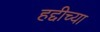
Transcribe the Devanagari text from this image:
हद्दीच्या